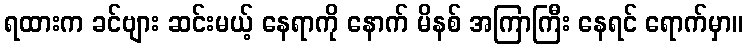
ရထားက ခင်ဗျား ဆင်းမယ့် နေရာကို နောက် မိနစ် အကြာကြီး နေရင် ရောက်မှာ။